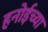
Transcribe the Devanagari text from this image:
हनोईच्या